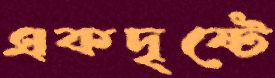
একদৃষ্টে